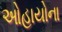
ઓહાયોના